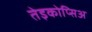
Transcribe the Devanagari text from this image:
तेइकोप्सिअ